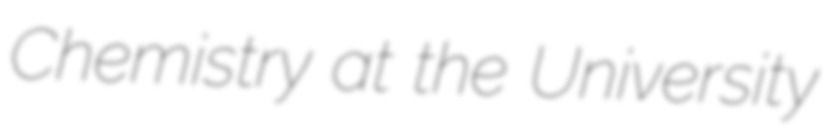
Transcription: Chemistry at the University